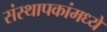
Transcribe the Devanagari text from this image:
संस्थापकांमध्ये